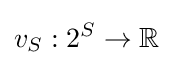
v_{S}:2^{S}\to \mathbb {R}